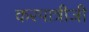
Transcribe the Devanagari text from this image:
करपात्रीजी